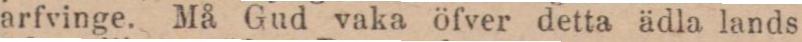
arfvinge. Må Gud vaka öfver detta ädla lands